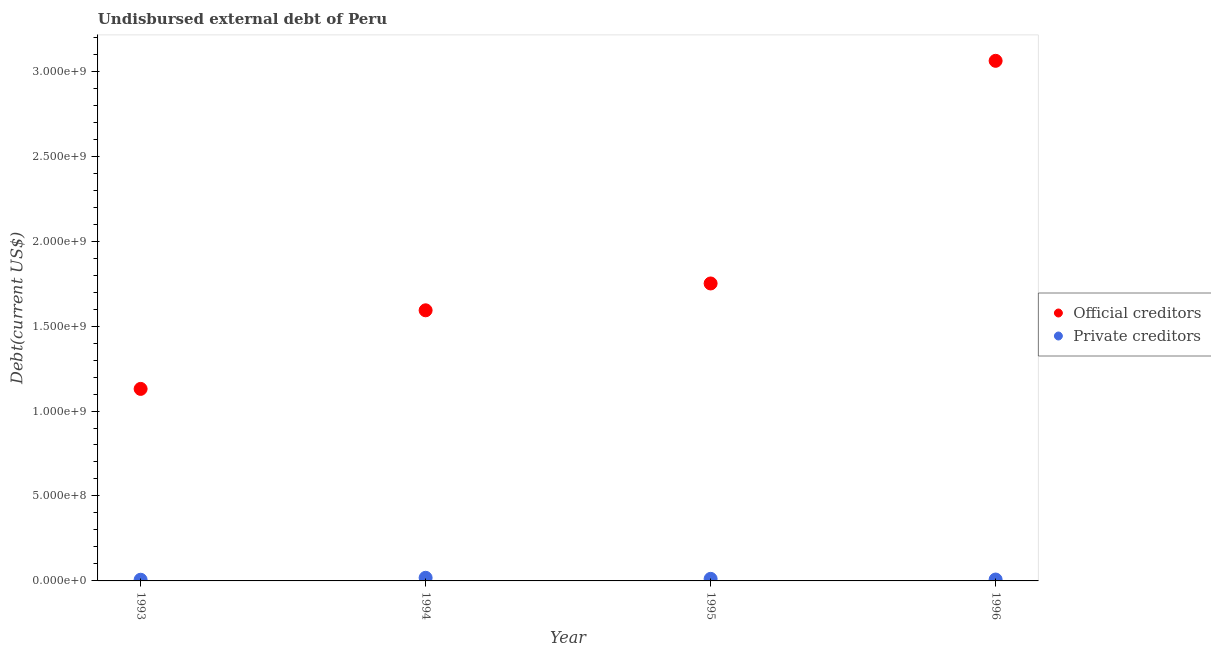
| Year | Official creditors | Private creditors |
 | --- | --- | --- |
 | 1993 | 1.13e+09 | 6.98e+06 |
 | 1994 | 1.59e+09 | 1.84e+07 |
 | 1995 | 1.75e+09 | 1.22e+07 |
 | 1996 | 3.06e+09 | 8.22e+06 |